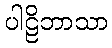
ပါဠိဘာသာ